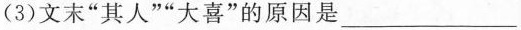
(3)文末”其人””大喜”的原因是___